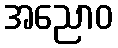
အညောဝ